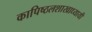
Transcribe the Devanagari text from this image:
कापिष्ठलशाखाध्यायी